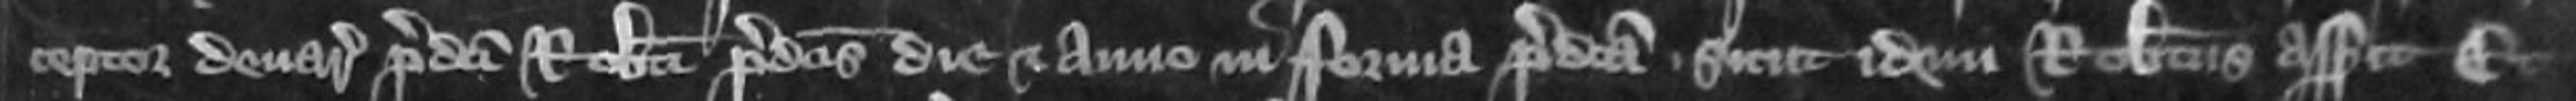
ceptor denariorum predicti Roberti predictis die et anno in forma predicta sicut idem Robertus asserit Et